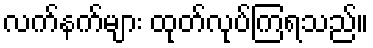
လက်နက်များ ထုတ်လုပ်ကြရသည်။